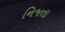
નિજતા